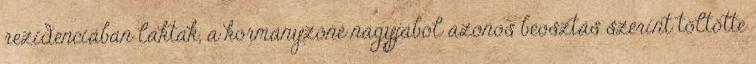
rezidenciában laktak, a kormányzóné nagyjából azonos beosztás szerint töltötte